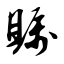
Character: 瞩